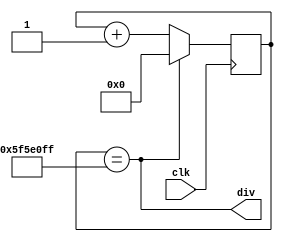
`timescale 1ns / 1ps
//////////////////////////////////////////////////////////////////////////////////
// Company: 
// Engineer: 
// 
// Design Name: 
// Module Name:    clkdiv 
// Project Name: 
// Target Devices: 
// Tool versions: 
// Description: 
//
// Dependencies: 
//
// Revision: 
// Revision 0.01 - File Created
// Additional Comments: 
//
//////////////////////////////////////////////////////////////////////////////////
module clkdiv(
    input clk,
    output div
    );
	 reg [29:0]q;
	 assign q100m = (q == 99999999);
	 
	 always@(posedge clk)
		begin
			if(q100m)
				q <= 0;
			else
				q <= q + 1;
		end
		
		assign div = q100m;
		
endmodule